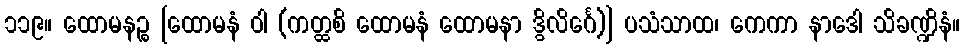
၁၁၉။ ထောမနဉ္စ [ထောမနံ ဝါ (ကတ္ထစိ ထောမနံ ထောမနာ ဒွိလိင်္ဂေ)] ပသံသာထ၊ ကေကာ နာဒေါ သိခဏ္ဍိနံ။